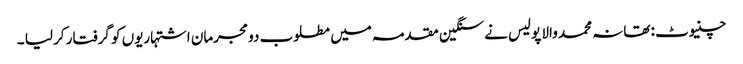
چنیوٹ : تھانہ محمد والا پولیس نے سنگین مقدمہ میں مطلوب دو مجرمان اشتہاریوں کو گرفتار کر لیا ۔